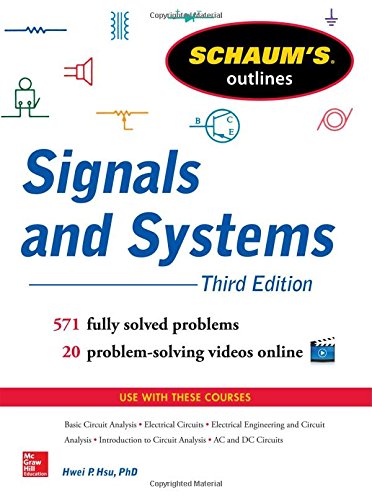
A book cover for Schaum's Outline of Signals and Systems, 3rd Edition (Schaum's Outlines); Hwei Hsu; Test Preparation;